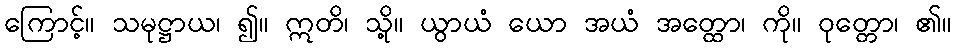
ကြောင့်။ သမုဋ္ဌာယ၊ ၍။ ဣတိ၊ သို့။ ယွာယံ ယော အယံ အတ္ထော၊ ကို။ ဝုတ္တော၊ ၏။